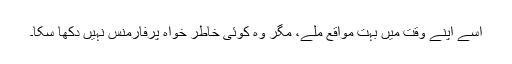
اسے اپنے وقت میں بہت مواقع ملے، مگر وہ کوئی خاطر خواہ پرفارمنس نہیں دکھا سکا۔